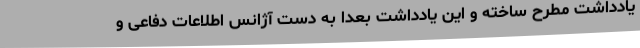
یادداشت مطرح ساخته و این یادداشت بعدا به دست آژانس اطلاعات دفاعی و